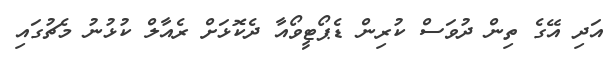
އަދި އޭގެ ތިން ދުވަސް ކުރިން ޑެޕޯޓީވޯއާ ދެކޮޅަށް ރެއާލް ކުޅުނު މެޗުގައި